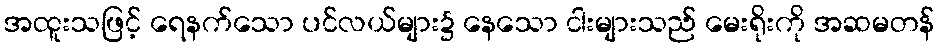
အထူးသဖြင့် ရေနက်သော ပင်လယ်များ၌ နေသော ငါးများသည် မေးရိုးကို အဆမတန်